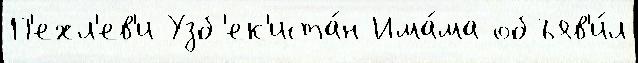
П'ехл'ев'и Узб'ек'иста́н Има́ма объяв'и́л